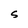
Character: S